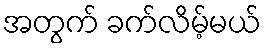
အတွက် ခက်လိမ့်မယ်